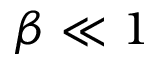
\beta \ll 1